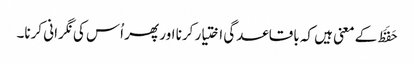
حَفَظَ کے معنی ہیں کہ باقاعدگی اختیار کرنا اور پھر اُس کی نگرانی کرنا۔